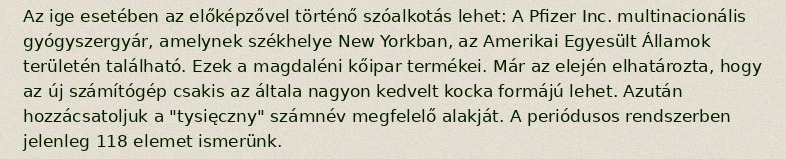
Az ige esetében az előképzővel történő szóalkotás lehet: A Pfizer Inc. multinacionális gyógyszergyár, amelynek székhelye New Yorkban, az Amerikai Egyesült Államok területén található. Ezek a magdaléni kőipar termékei. Már az elején elhatározta, hogy az új számítógép csakis az általa nagyon kedvelt kocka formájú lehet. Azután hozzácsatoljuk a "tysięczny" számnév megfelelő alakját. A periódusos rendszerben jelenleg 118 elemet ismerünk.